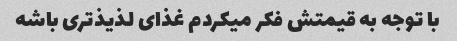
با توجه به قیمتش فکر میکردم غذای لذیذ‌تری باشه